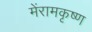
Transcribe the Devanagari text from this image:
मेंरामकृष्ण